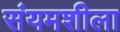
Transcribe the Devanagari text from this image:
संयमशीला